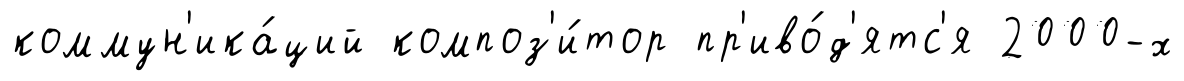
коммун'ика́ций композ'и́тор пр'иво́д'ятс'я 2000-х